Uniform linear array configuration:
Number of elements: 16
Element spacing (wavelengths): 1
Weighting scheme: hamming
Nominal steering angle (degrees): -60
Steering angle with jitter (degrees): -60.599
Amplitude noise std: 0.05
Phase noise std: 0.05

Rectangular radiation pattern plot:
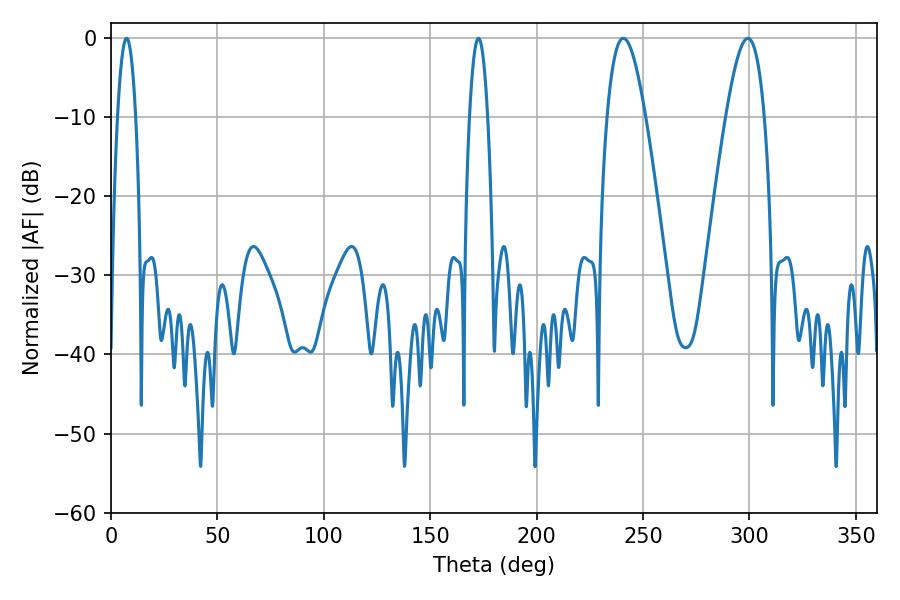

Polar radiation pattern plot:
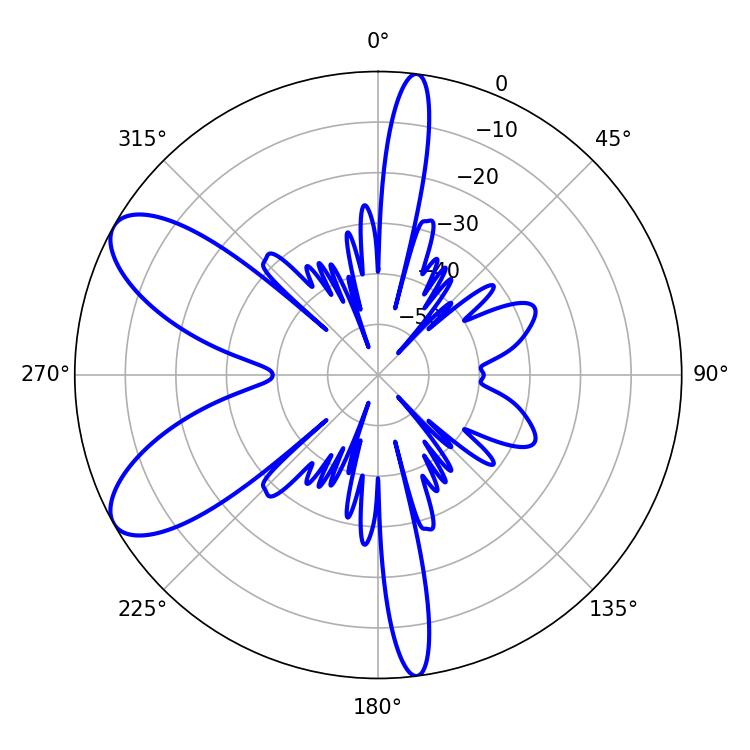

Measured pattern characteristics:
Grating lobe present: TRUE
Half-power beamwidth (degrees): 9.72
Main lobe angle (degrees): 240.66